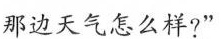
那边天气怎么样?”